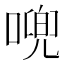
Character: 𱔍